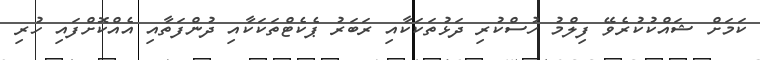
ކަމަށް ޝައްކުކުރެވޭ ފިލްމު ހުސްކުރި ދަޅުތަކަކާއި ރަބަރު ޕެކެޓްތަކަކާއި ދުންފަތާއި އެއްކޮށްފައި ހުރި